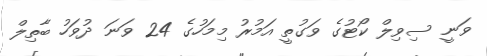
ވަނީ ސިވިލް ކޯޓުގެ ވަގުތީ އަމުރު މިމަހުގެ 24 ވަނަ ދުވަހު ބާތިލް